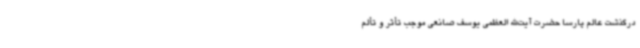
درگذشت عالم پارسا حضرت آیت‌الله العظمی یوسف صانعی موجب تأثر و تألم